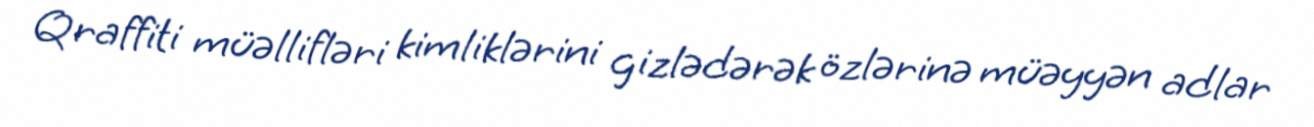
Qraffiti müəllifləri kimliklərini gizlədərək özlərinə müəyyən adlar